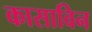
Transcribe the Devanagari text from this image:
कासाविन